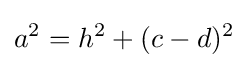
a^{2}=h^{2}+(c-d)^{2}